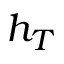
h _ { T }